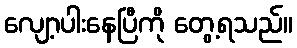
လျော့ပါးနေပြီကို တွေ့ရသည်။